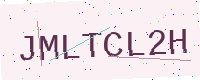
Text: JMLTCL2H